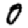
Digit: 0